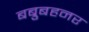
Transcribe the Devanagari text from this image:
बब्रुबहनर